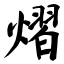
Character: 熠